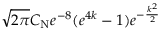
\sqrt { 2 \pi } C _ { \mathrm { N } } e ^ { - 8 } ( e ^ { 4 k } - 1 ) e ^ { - \frac { k ^ { 2 } } { 2 } }